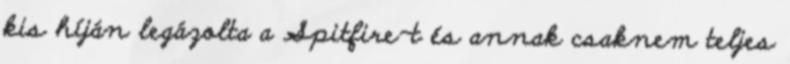
kis híján legázolta a Spitfire-t és annak csaknem teljes